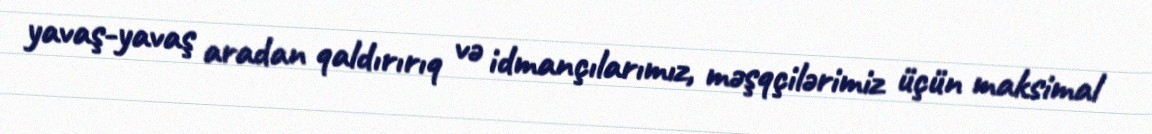
yavaş-yavaş aradan qaldırırıq və idmançılarımız, məşqçilərimiz üçün maksimal